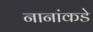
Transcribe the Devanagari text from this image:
नानांकडे